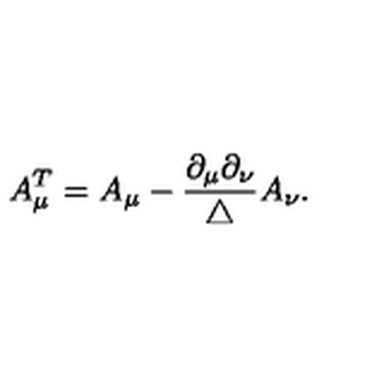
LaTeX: A _ { \mu } ^ { T } = A _ { \mu } - \frac { \partial _ { \mu } \partial _ { \nu } } { \triangle } A _ { \nu } .